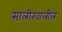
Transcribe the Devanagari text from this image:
सालीखालील